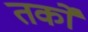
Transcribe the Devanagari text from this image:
तर्काें